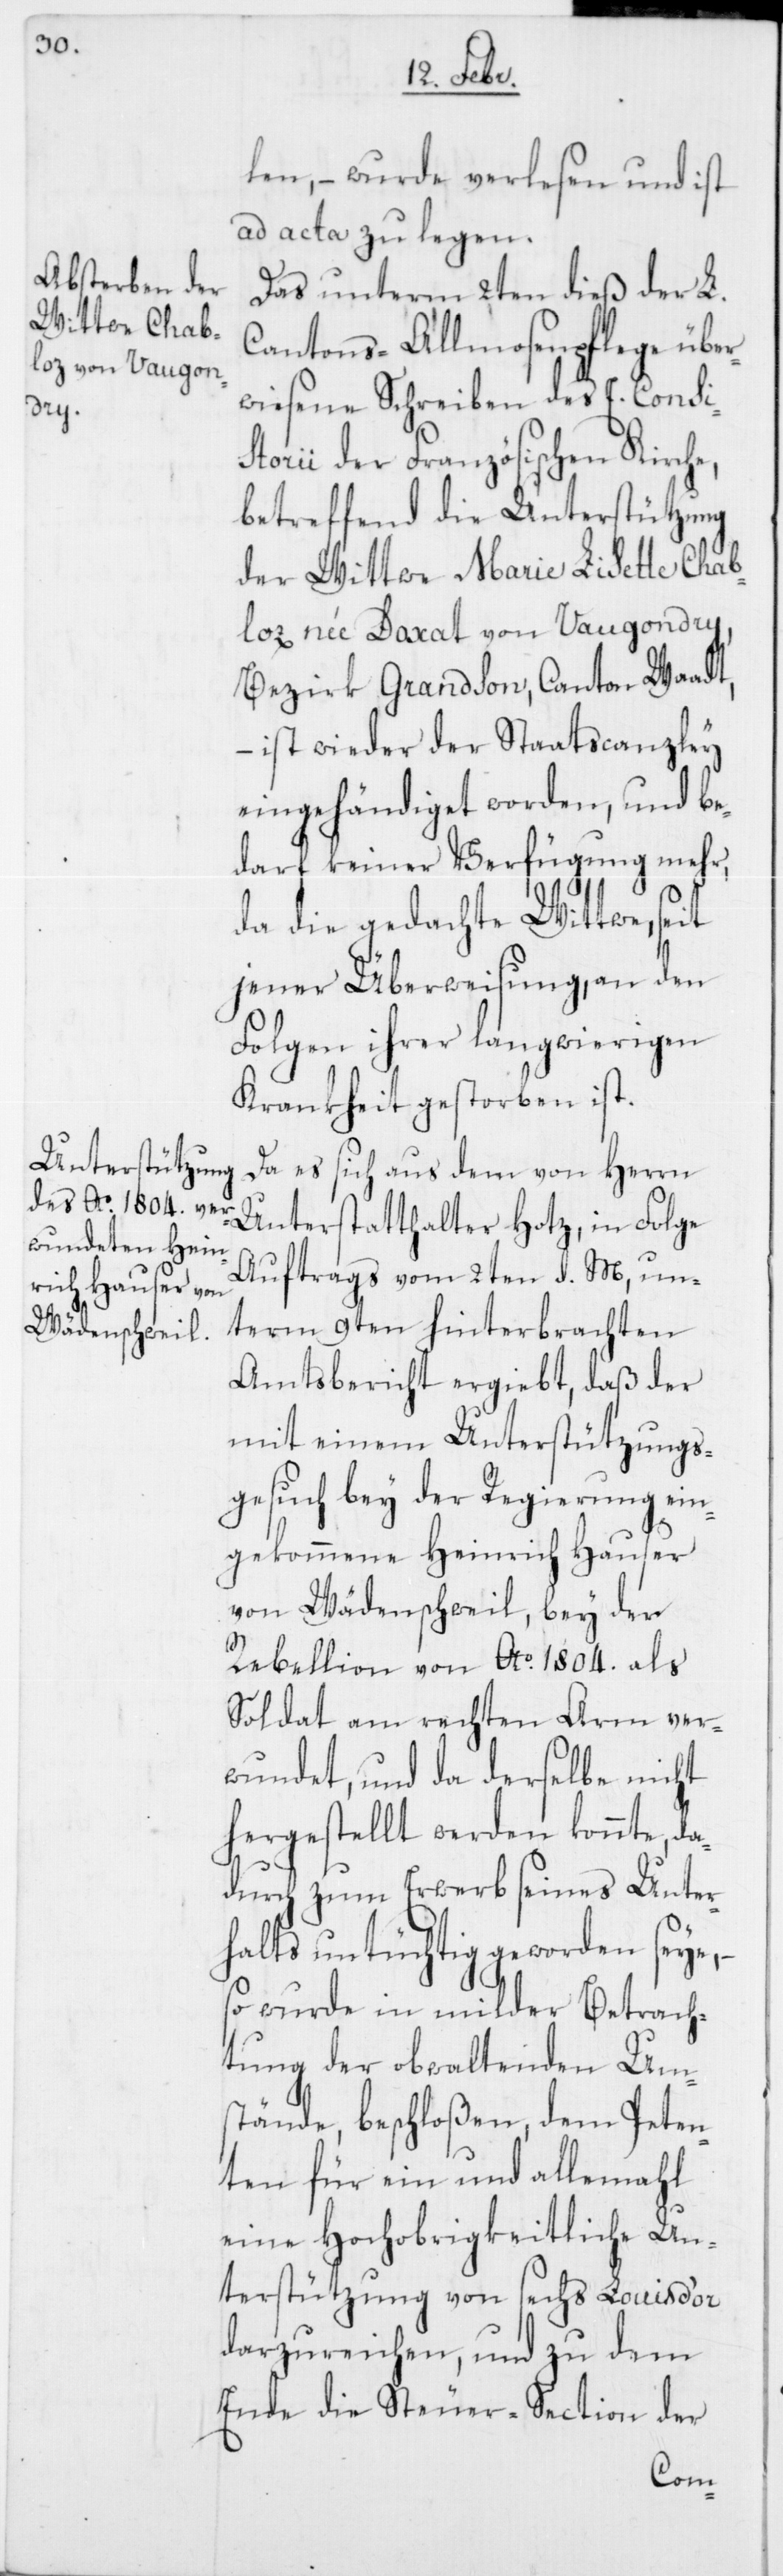
len, – wurde verlesen und ist
ad acta zu legen.
Das unterm 2ten dieß der L.
Cantons-Almosenpflege übe¬
rwiesene Schreiben des E. Consis¬
torii der Französischen Kirche,
betreffend die Unterstützung
der Wittwe Marie Lisette Chab¬
loz née Daxat von Vaugondry,
Bezirk Grandson, Canton Waadt,
– ist wieder der Staatscanzley
eingehändiget worden, und be¬
darf keiner Verfügung mehr,
da die gedachte Wittwe, seit
jener Überweisung, an den
Folgen ihrer langwierigen
Krankheit gestorben ist.
Da es sich aus dem von Herrn
Unterstatthalter Hotz, in Folge
Auftrags vom 2ten d. M, un¬
term 9ten hinterbrachten
Amtsbericht ergiebt, daß der
mit einem Unterstützungs¬
gesuch bey der Regierung ein¬
gekommene Heinrich Hauser
von Wädenschweil, bey der
Rebellion von Ao. 1804. als
Soldat am rechten Arm ver¬
wundet, und da derselbe nicht
hergestellt werden konnte, da¬
durch zum Erwerb seines Unter¬
halts untüchtig geworden seye,
so wurde in milder Betrach¬
tung der obwaltenden Um¬
stände, beschloßen, dem Peten¬
ten für ein und allemahl
eine Hochobrigkeitliche Un¬
terstützung von sechs Louis d’or
darzureichen, und zu dem
Ende die Steuer-Section der